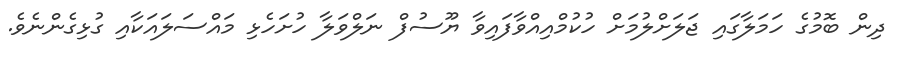
ދިން ބޮމުގެ ހަމަލާގައި ޖަލަށްލުމަށް ހުކުމްއިއްވާފައިވާ ޔޫސުފް ނަލްވަލާ ހުށަހެޅި މައްސަލައަކާއި ގުޅިގެންނެވެ.